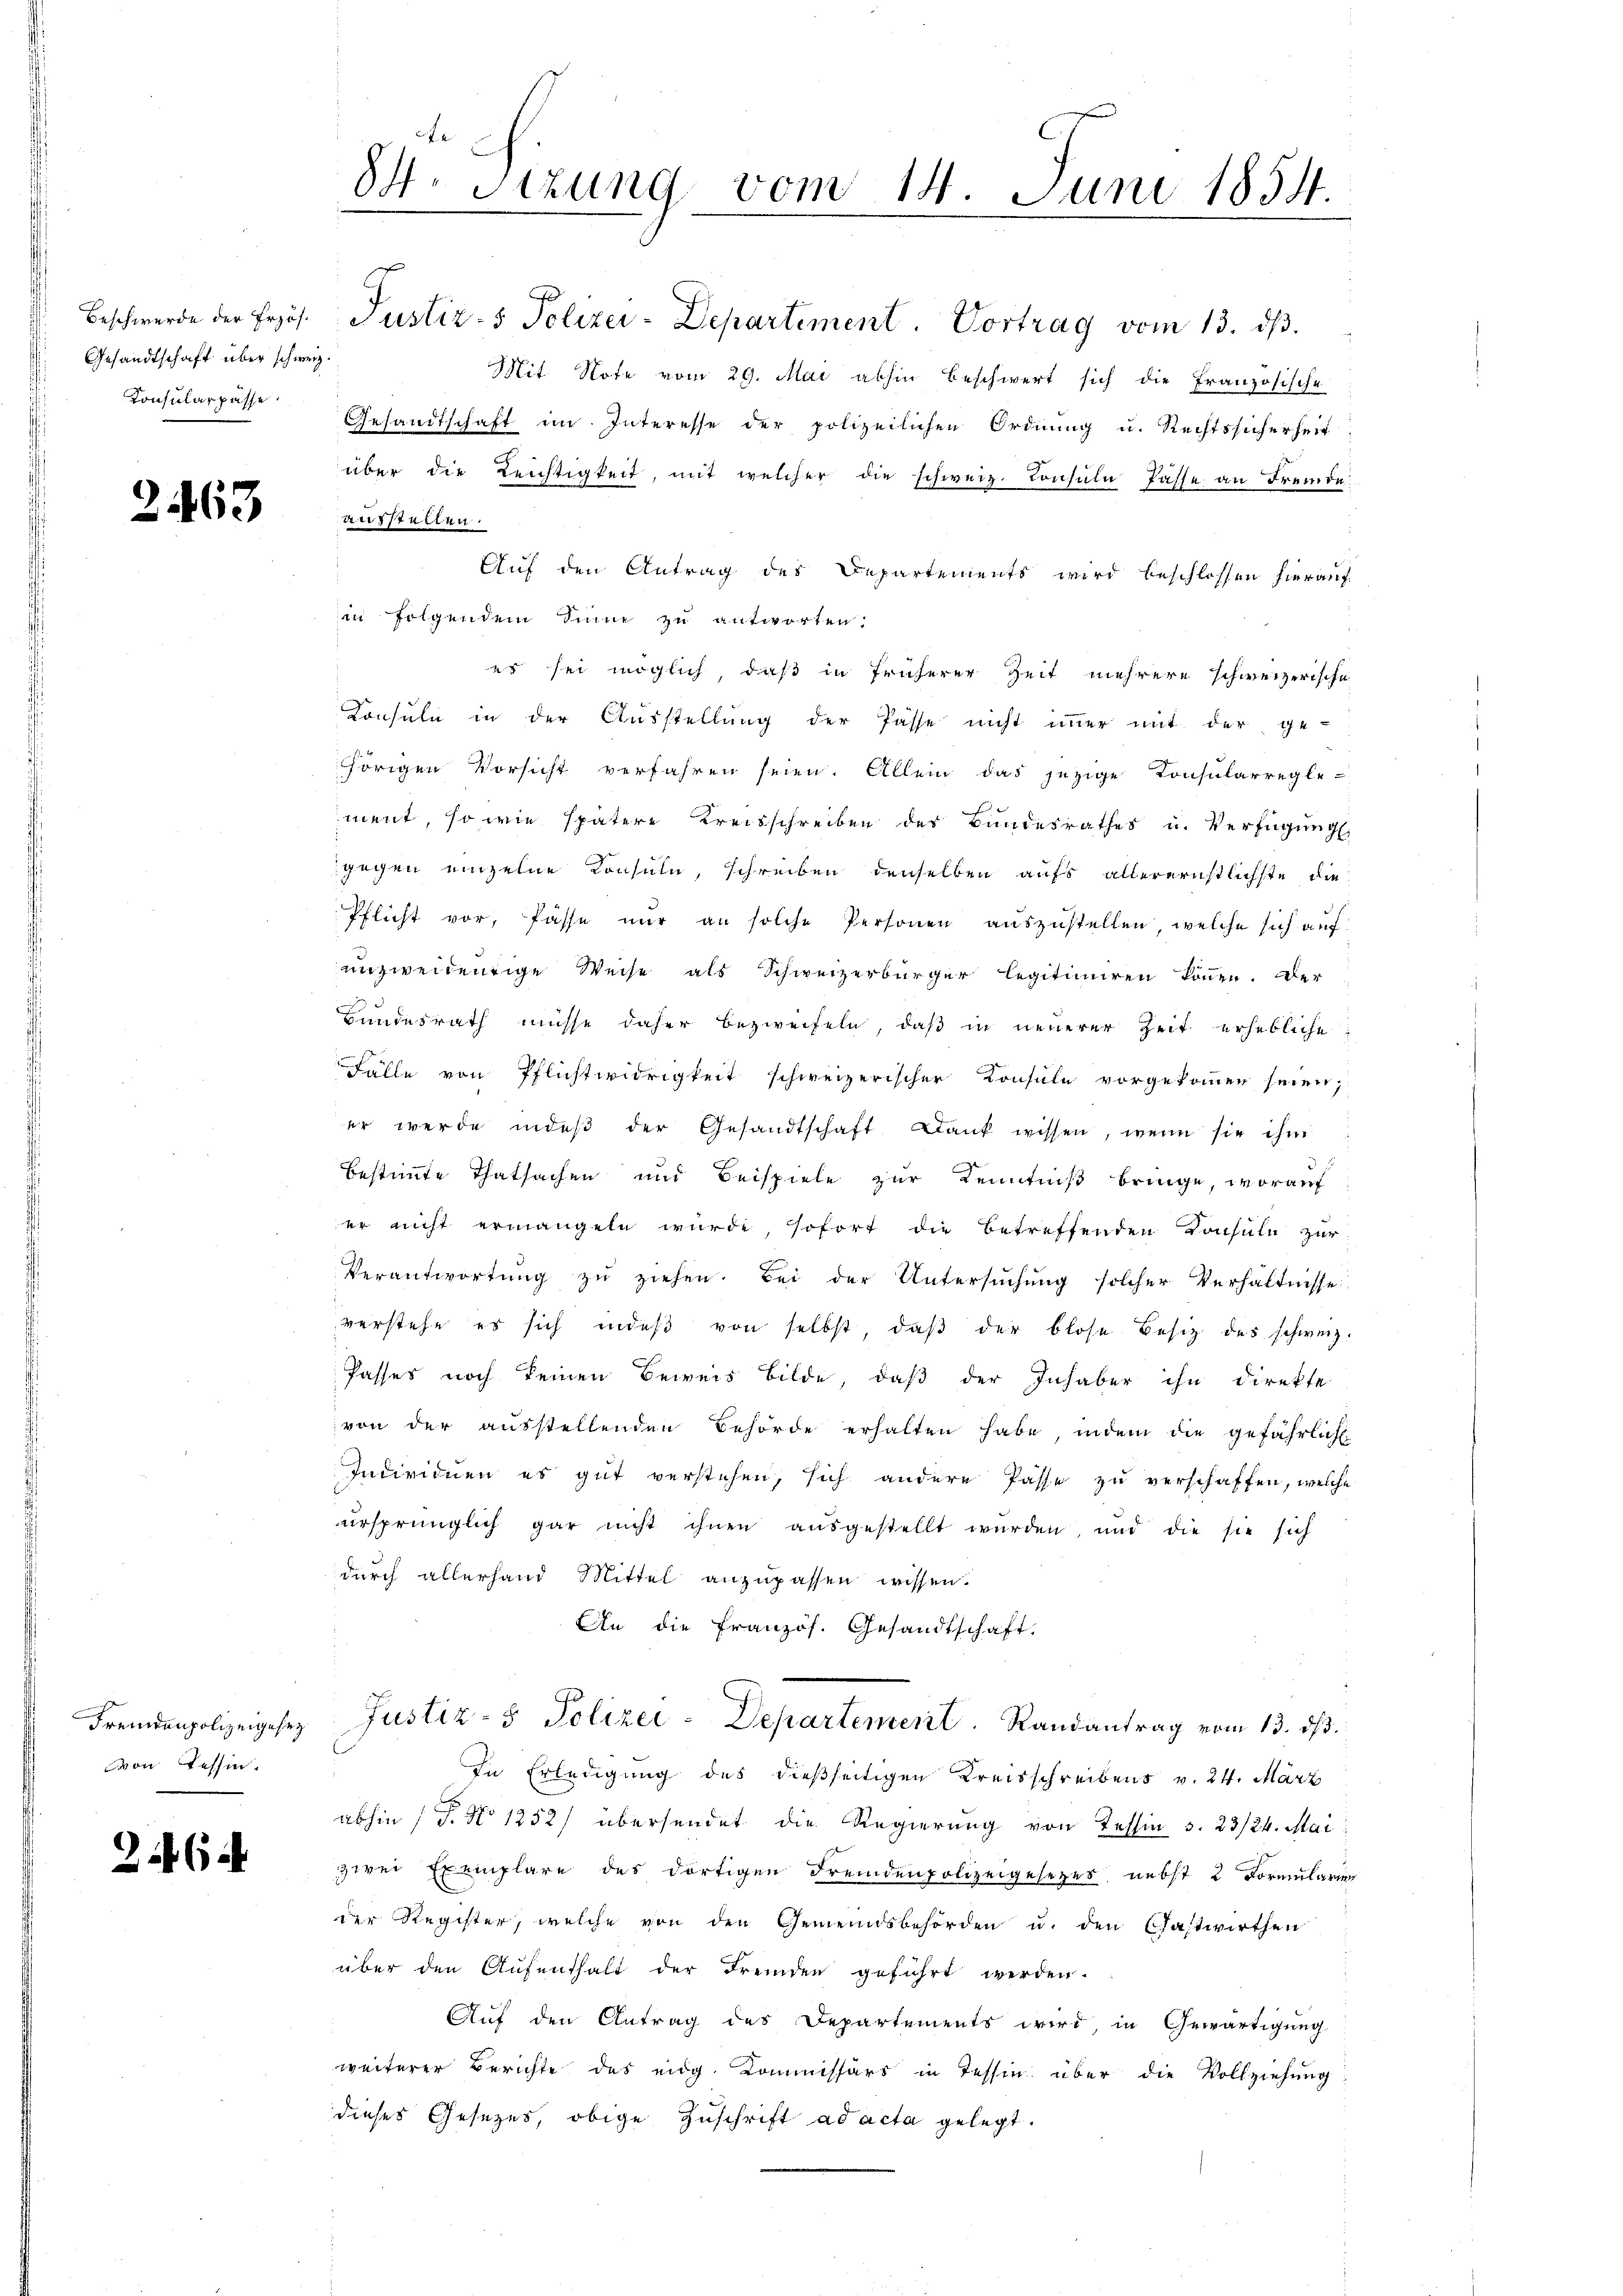
Gesandtschaft über schweiz.
Konsularpasse.

2463

von Tessin.

24 (1

84. Sitzung vom 14. Juni 1854.

Beschwerde der frzös. Pustiz- & Polizei-Departement. Vortrag vom 13. dβ.
Mit Note vom 29. Mai abhin beschwert sich die Französische
Gesandtschaft im Interesse der polizeilichen Ordnung u. Rechtssicherheit
über die Leichtigkeit, mit welcher die schweiz. Konsula Pässe an Fremde
aufstellen.
Auf den Antrag des Departements wird beschlossen hierauf
in folgendem Sinne zu antworten.
es sei möglich, daß in früherer Zeit mehrere schweizerische
Consuln in der Ausstellung der Pässe nicht immer mit der ge-
chörigen Vorsicht verfahren seien. Allein das jezige Consularregle-
ment, so wie spätere Kreisschreiben des Bundesrathes u. Verfügung
gegen einzelne Konsuln, schreiben denselben aufs allerernstlichste die
Pflicht vor, Pässe nur an solche Personen auszustellen, welche sich auf
unzweidentige Weise als Schweizerbürger legitimiren können. Der
Bundesrath müsse daher bezweifeln, daß in neuerer Zeit erhebliche
Fälle von Pflichtwidrigkeit schweizerischer Konsule vorgekommen seien,
er werde indeβ der Gesandtschaft Dank wissen, wenn sie ihm
bestimmte Thatsachen und Beispiele zur Kenntniß bringe, worauf
er nicht ermangeln wurde, sofort die betreffenden Konsuln zur
Verantwortŭng zŭ ziehen. Bei der Untersŭchŭng solcher Verhältnisse
verstehe es sich indeβ von selbst, daβ der blose Besitz des schweiz.
Passes noch keinen Beweis bilde, daß der Inhaber ihn direkte
von der ausstellenden Behörde erhalten habe, indem die gefährliche
Individuen es gut verstehen, sich andere Pässe zu verschaffen, welche
ursprünglich gar nicht ihnen aŭsgestellt wurden, und die sie sich
durch allerhand Mittel anzupassen wissen.
An die Französ. Gesandtschaft.
Fremdenpolizeigesez Justiz- & Polizei-Departement. Randantrag vom 13. ds.
In Erledigung des dießseitigen Kreisschreibens v. 24. März
abhin 1 S. No 1252) übersendet die Regierung von Tessin s. 23/24. Mai
3wei Exemplare des dortigen Fremdenpolizeigesetzes nebst 2 Formulari
der Register, welche von den Gemeindsbehörden u. den Gastwirthen
über den Aŭfenthalt der Fremden geführt werden.
Auf den Antrag des Departements wird, in Gewärtigung
weiterer Berichte des eidg. Kommissärs in Tessin über die Vollziehung
dieses Gesetzes, obige Zuschrift ad acta gelegt.